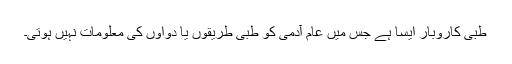
طبی کاروبار ایسا ہے جِس میں عام آدمی کو طبی طریقوں یا دواؤں کی معلومات نہیں ہوتی۔